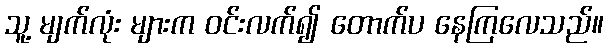
သူ့ မျက်လုံး များက ဝင်းလက်၍ တောက်ပ နေကြလေသည်။